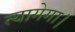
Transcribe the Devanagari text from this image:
त्यागेगा।